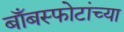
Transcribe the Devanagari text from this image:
बाँबस्फोटांच्या